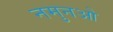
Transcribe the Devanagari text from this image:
नमुनओ